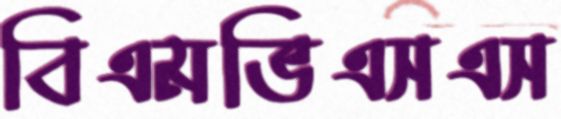
বিএমভিএসএস